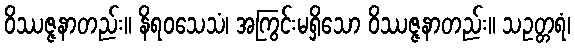
ဝိဿဇ္ဇနာတည်း။ နိရဝသေသံ၊ အကြွင်းမရှိသော ဝိဿဇ္ဇနာတည်း။ သဥတ္တရံ၊